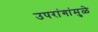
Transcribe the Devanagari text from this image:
उपरांगांमुळे